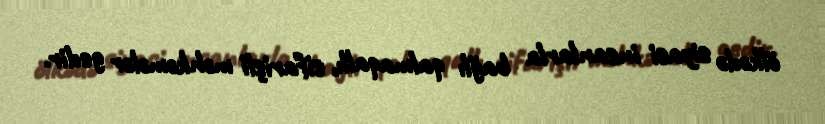
ölkədə siyasi insanlarla bağlı qalmaqallı, sifarişli məhkəmələr gedir.